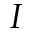
I